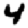
Digit: 4